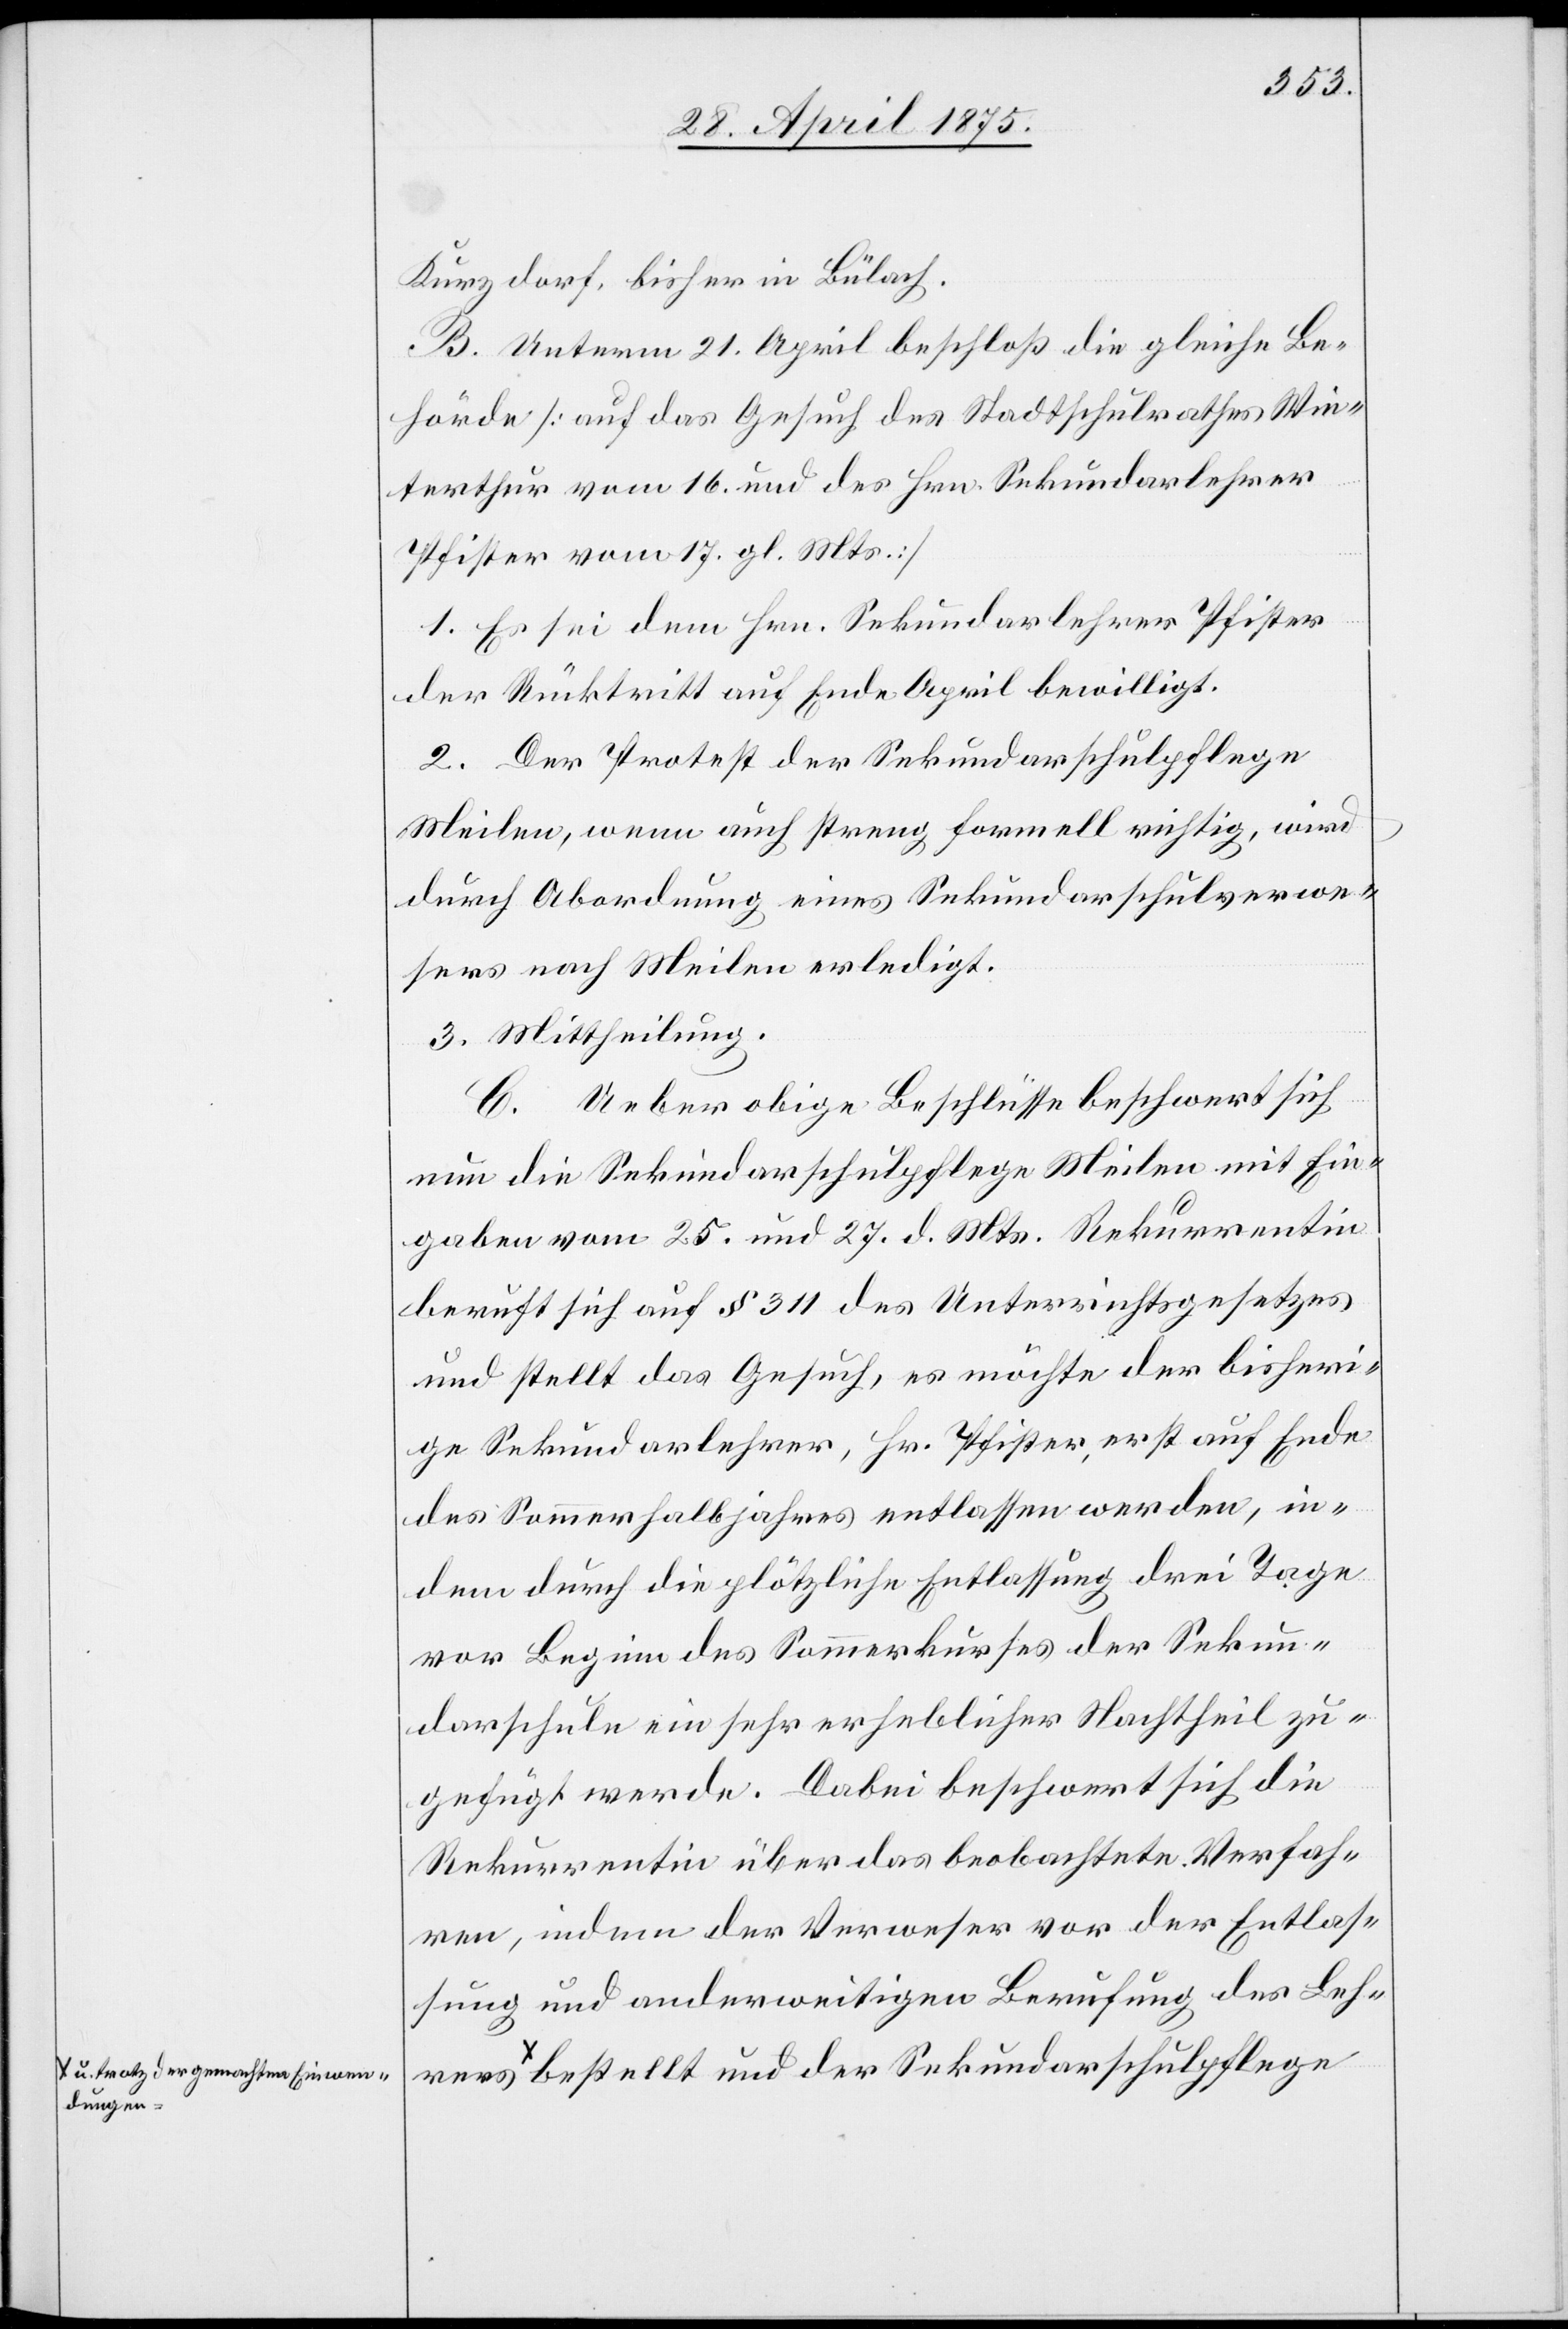
s a-u. trotz der gemachten Einwendu¬

Sekun¬
Kurzdorf, bisher Bülach.
B. Unterm 21. April beschloß die gleiche Be¬
hörde [auf das Gesuch des Stadtschulrathes Win¬
terthur vom 16. und des Hrn. Sekundarlehrer
Pfister vom 17. gl. Mts.]
1. Es sei de Hrn. Sekundarlehrer Pfister
der Rücktritt auf Ende April bewilligt.
2. Der Protest der Sekundarschulpflege
Meilen, wenn auch streng formell richtig, wird
durch Abordnung eines Sekundarschulverwe¬
sers nach Meilen erledigt.
3. Mittheilung.
C. Ueber obige Beschlusse beschwert sich
nun die Sekundarschulpflege Meilen mit Ein¬
gaben vom 25. und 27. d. Mts. Rekurrentin
beruft sich auf § 311 des Unterrichtsgesetzes
und stellt das Gesuch, es möchte der bisheri¬
ge Sekundarlehrer, Hr. Pfister, erst auf Ende
des Sommerhalbjahres entlassen werden, in¬
dem durch die plötzliche drei Tage vor Beginn
darschule ein sehr erheblicher Nachtheil zu¬
gefügt werde. Dabei beschwert sich die
Rekurrentin über das beobachtete Verfah¬
ren, indem der Verweser vor der Entlas¬
sung und anderweitigen Berufung des Lehrer¬
ngen-a bestellt und der Sekundarschulpflege